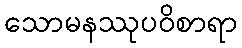
သောမနဿုပဝိစာရာ